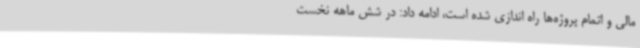
مالی و اتمام پروژه‌ها راه اندازی شده است، ادامه داد: در شش ماهه نخست